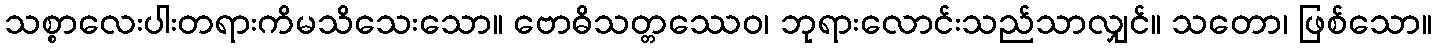
သစ္စာလေးပါးတရားကိမသိသေးသော။ ဗောဓိသတ္တဿေဝ၊ ဘုရားလောင်းသည်သာလျှင်။ သတော၊ ဖြစ်သော။